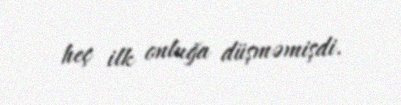
heç ilk onluğa düşməmişdi.